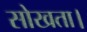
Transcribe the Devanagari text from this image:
सोखता।